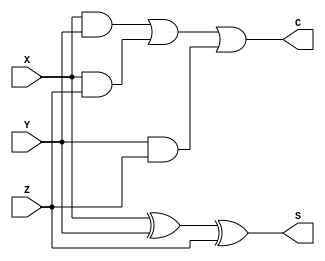
`timescale 1ns/1ns
module add_3 (S,C,X,Y,Z);
  output  S,C;
  input   X,Y,Z;
  
  wire    w1,w2,w3,w4;
  
  xor g1  (w1,X,Y);
  xor g2  (S,w1,Z);
  
  and  g3  (w2,X,Y);
  and  g4  (w3,X,Z);
  and  g5  (w4,Y,Z);
  or  g6  (C,w2,w3,w4);
  
endmodule